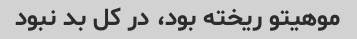
موهیتو ریخته بود، در کل بد نبود